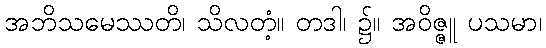
အဘိသမေဿတိ၊ သိလတံ့။ တဒါ၊ ၌။ အဝိဇ္ဇူ ပသမာ၊